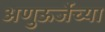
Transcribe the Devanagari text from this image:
अणुऊर्जेच्या